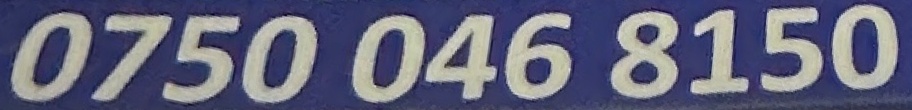
0750 046 8150